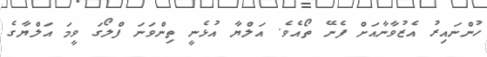
ހުންނައިރު އެޒުވާނާއަށް ފެނޭ ތޯއެވެ. އަލްޔާ އުޅެނީ ތިންވަނަ ފްލޯގަ ވީމަ އަލްޔާގެ